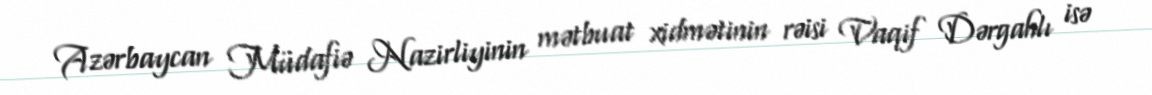
Azərbaycan Müdafiə Nazirliyinin mətbuat xidmətinin rəisi Vaqif Dərgahlı isə